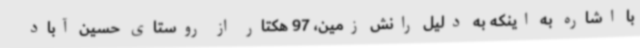
با اشاره به اینکه به دلیل رانش زمین، 97 هکتار از روستای حسین آباد